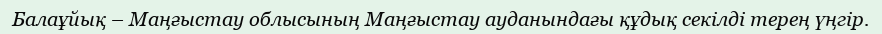
Балаұйық – Маңғыстау облысының Маңғыстау ауданындағы құдық секілді терең үңгір.